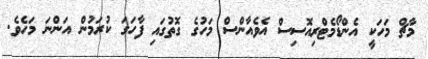
މާޗް މަހަކީ އެންޑޯމެޓްރިއޮސިސް އެވެއާންސް މަހުގެ ގޮތުގައި ފާހަގަ ކުރަމުން އަންނަ މަހެވެ.